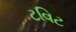
ટવિટ